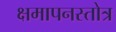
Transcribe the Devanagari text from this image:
क्षमापनस्तोत्र